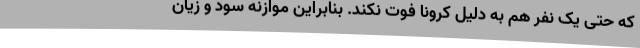
که حتی یک نفر هم به دلیل کرونا فوت نکند. بنابراین موازنه سود و زیان